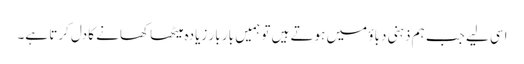
اسی لیے جب ہم ذہنی دباؤ میں ہوتے ہیں تو ہمیں بار بار زیادہ میٹھا کھانے کا دل کرتا ہے۔